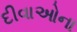
દીવાઓના